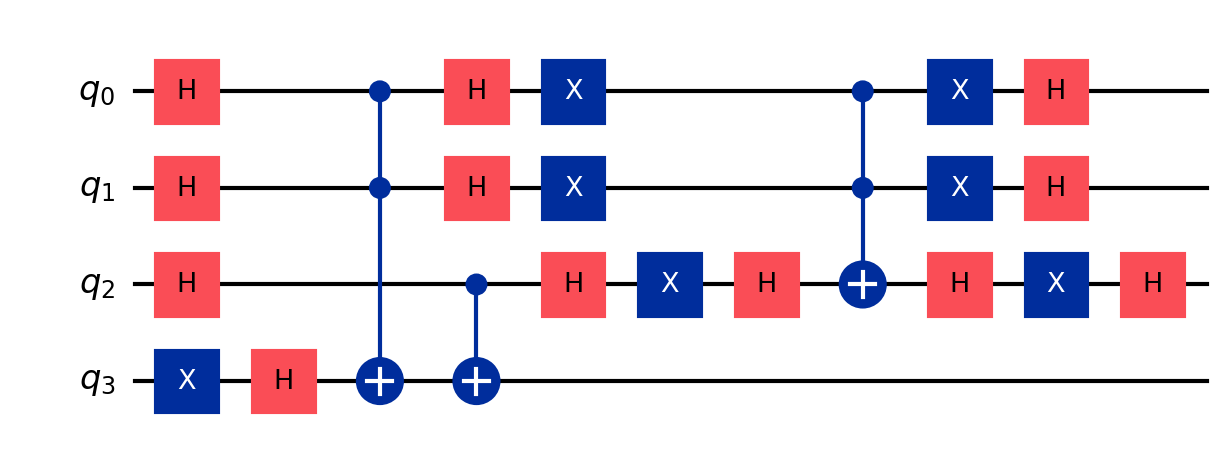
Description: Grover speedup on proof-of-work nonce search
描述: 工作量证明随机数搜索的Grover加速
Category: btc_quantum_security (difficulty: advanced)
Qubits: 4, circuit depth: 11
Blockchain relevance: btc_security

Braket implementation:
from braket.circuits import Circuit
circuit = Circuit()
for i in range(3):
    circuit.h(i)
circuit.x(3).h(3)
circuit.ccnot(0, 1, 3).cnot(2, 3)
for i in range(3):
    circuit.h(i).x(i)
circuit.h(2).ccnot(0, 1, 2).h(2)
for i in range(3):
    circuit.x(i).h(i)

Qiskit implementation:
from qiskit import QuantumCircuit
circuit = QuantumCircuit(4)
for i in range(3):
    circuit.h(i)
circuit.x(3).h(3)
circuit.ccx(0, 1, 3).cx(2, 3)
for i in range(3):
    circuit.h(i).x(i)
circuit.h(2).ccx(0, 1, 2).h(2)
for i in range(3):
    circuit.x(i).h(i)